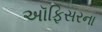
અૉફિસરના